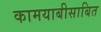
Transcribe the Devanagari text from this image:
कामयाबीसाबित